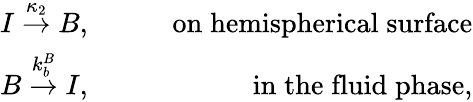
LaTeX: \begin{array}{rlr}{I\stackrel{\kappa_{2}}{\rightarrow}B,}&{{}\quad}&{\mathrm{on\; hemispherical\; surface}}\\ {B\stackrel{k_{b}^{B}}{\rightarrow}I,}&{{}\quad}&{\mathrm{in\; the\; fluid\; phase},}\end{array}